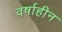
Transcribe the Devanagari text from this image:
वर्षाहीन